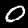
Digit: 0